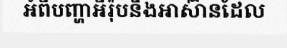
អំពីបញ្ហាអឺរ៉ុបនិងអាស៊ានដែល